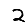
Digit: 2